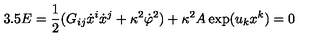
3 . 5 E = \frac { 1 } { 2 } ( G _ { i j } \dot { x } ^ { i } \dot { x } ^ { j } + \kappa ^ { 2 } \dot { \varphi } ^ { 2 } ) + \kappa ^ { 2 } A \exp ( u _ { k } x ^ { k } ) = 0